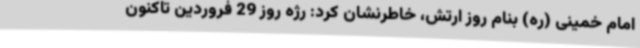
امام خمینی (ره) بنام روز ارتش، خاطرنشان کرد: رژه روز 29 فروردین تاکنون